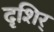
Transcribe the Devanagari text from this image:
दृशिर्